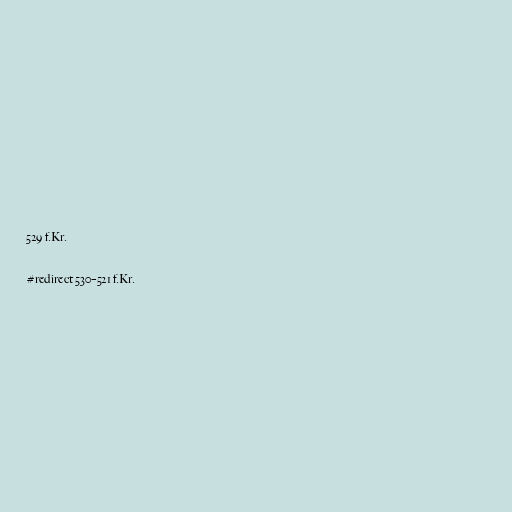
529 f.Kr.

#redirect 530–521 f.Kr.